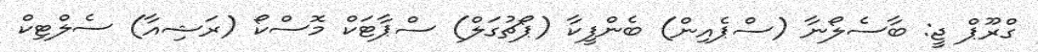
ގްރޫޕް ޖީ: ބާސެލޯނާ (ސްޕެއިން) ބެންފީކާ (ޕޯޗުގަލް) ސްޕާޓަކް މޮސްކޯ (ރަޝިއާ) ސެލްޓިކް